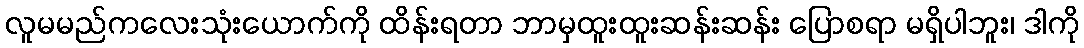
လူမမည်ကလေးသုံးယောက်ကို ထိန်းရတာ ဘာမှထူးထူးဆန်းဆန်း ပြောစရာ မရှိပါဘူး၊ ဒါကို